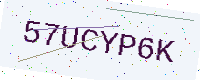
Text: 57UCYP6K